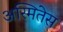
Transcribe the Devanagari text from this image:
अस्मितेस